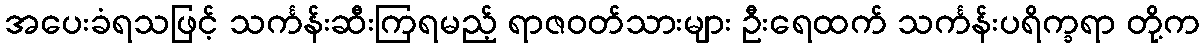
အပေးခံရသဖြင့် သင်္ကန်းဆီးကြရမည့် ရာဇဝတ်သားများ ဦးရေထက် သင်္ကန်းပရိက္ခရာ တို့က